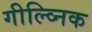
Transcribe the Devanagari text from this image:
गील्व्निक